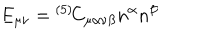
E _ { \mu \nu } = { } ^ { ( 5 ) \! } C _ { \mu \alpha \nu \beta } n ^ { \alpha } n ^ { \beta }